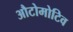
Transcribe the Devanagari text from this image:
औटोमोटिव